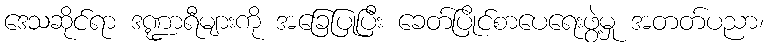
ဒေသဆိုင်ရာ ဒဏ္ဍာရီများကို အခြေပြုပြီး ခေတ်ပြိုင်စာပေရေးဖွဲ့မှု အတတ်ပညာ၊